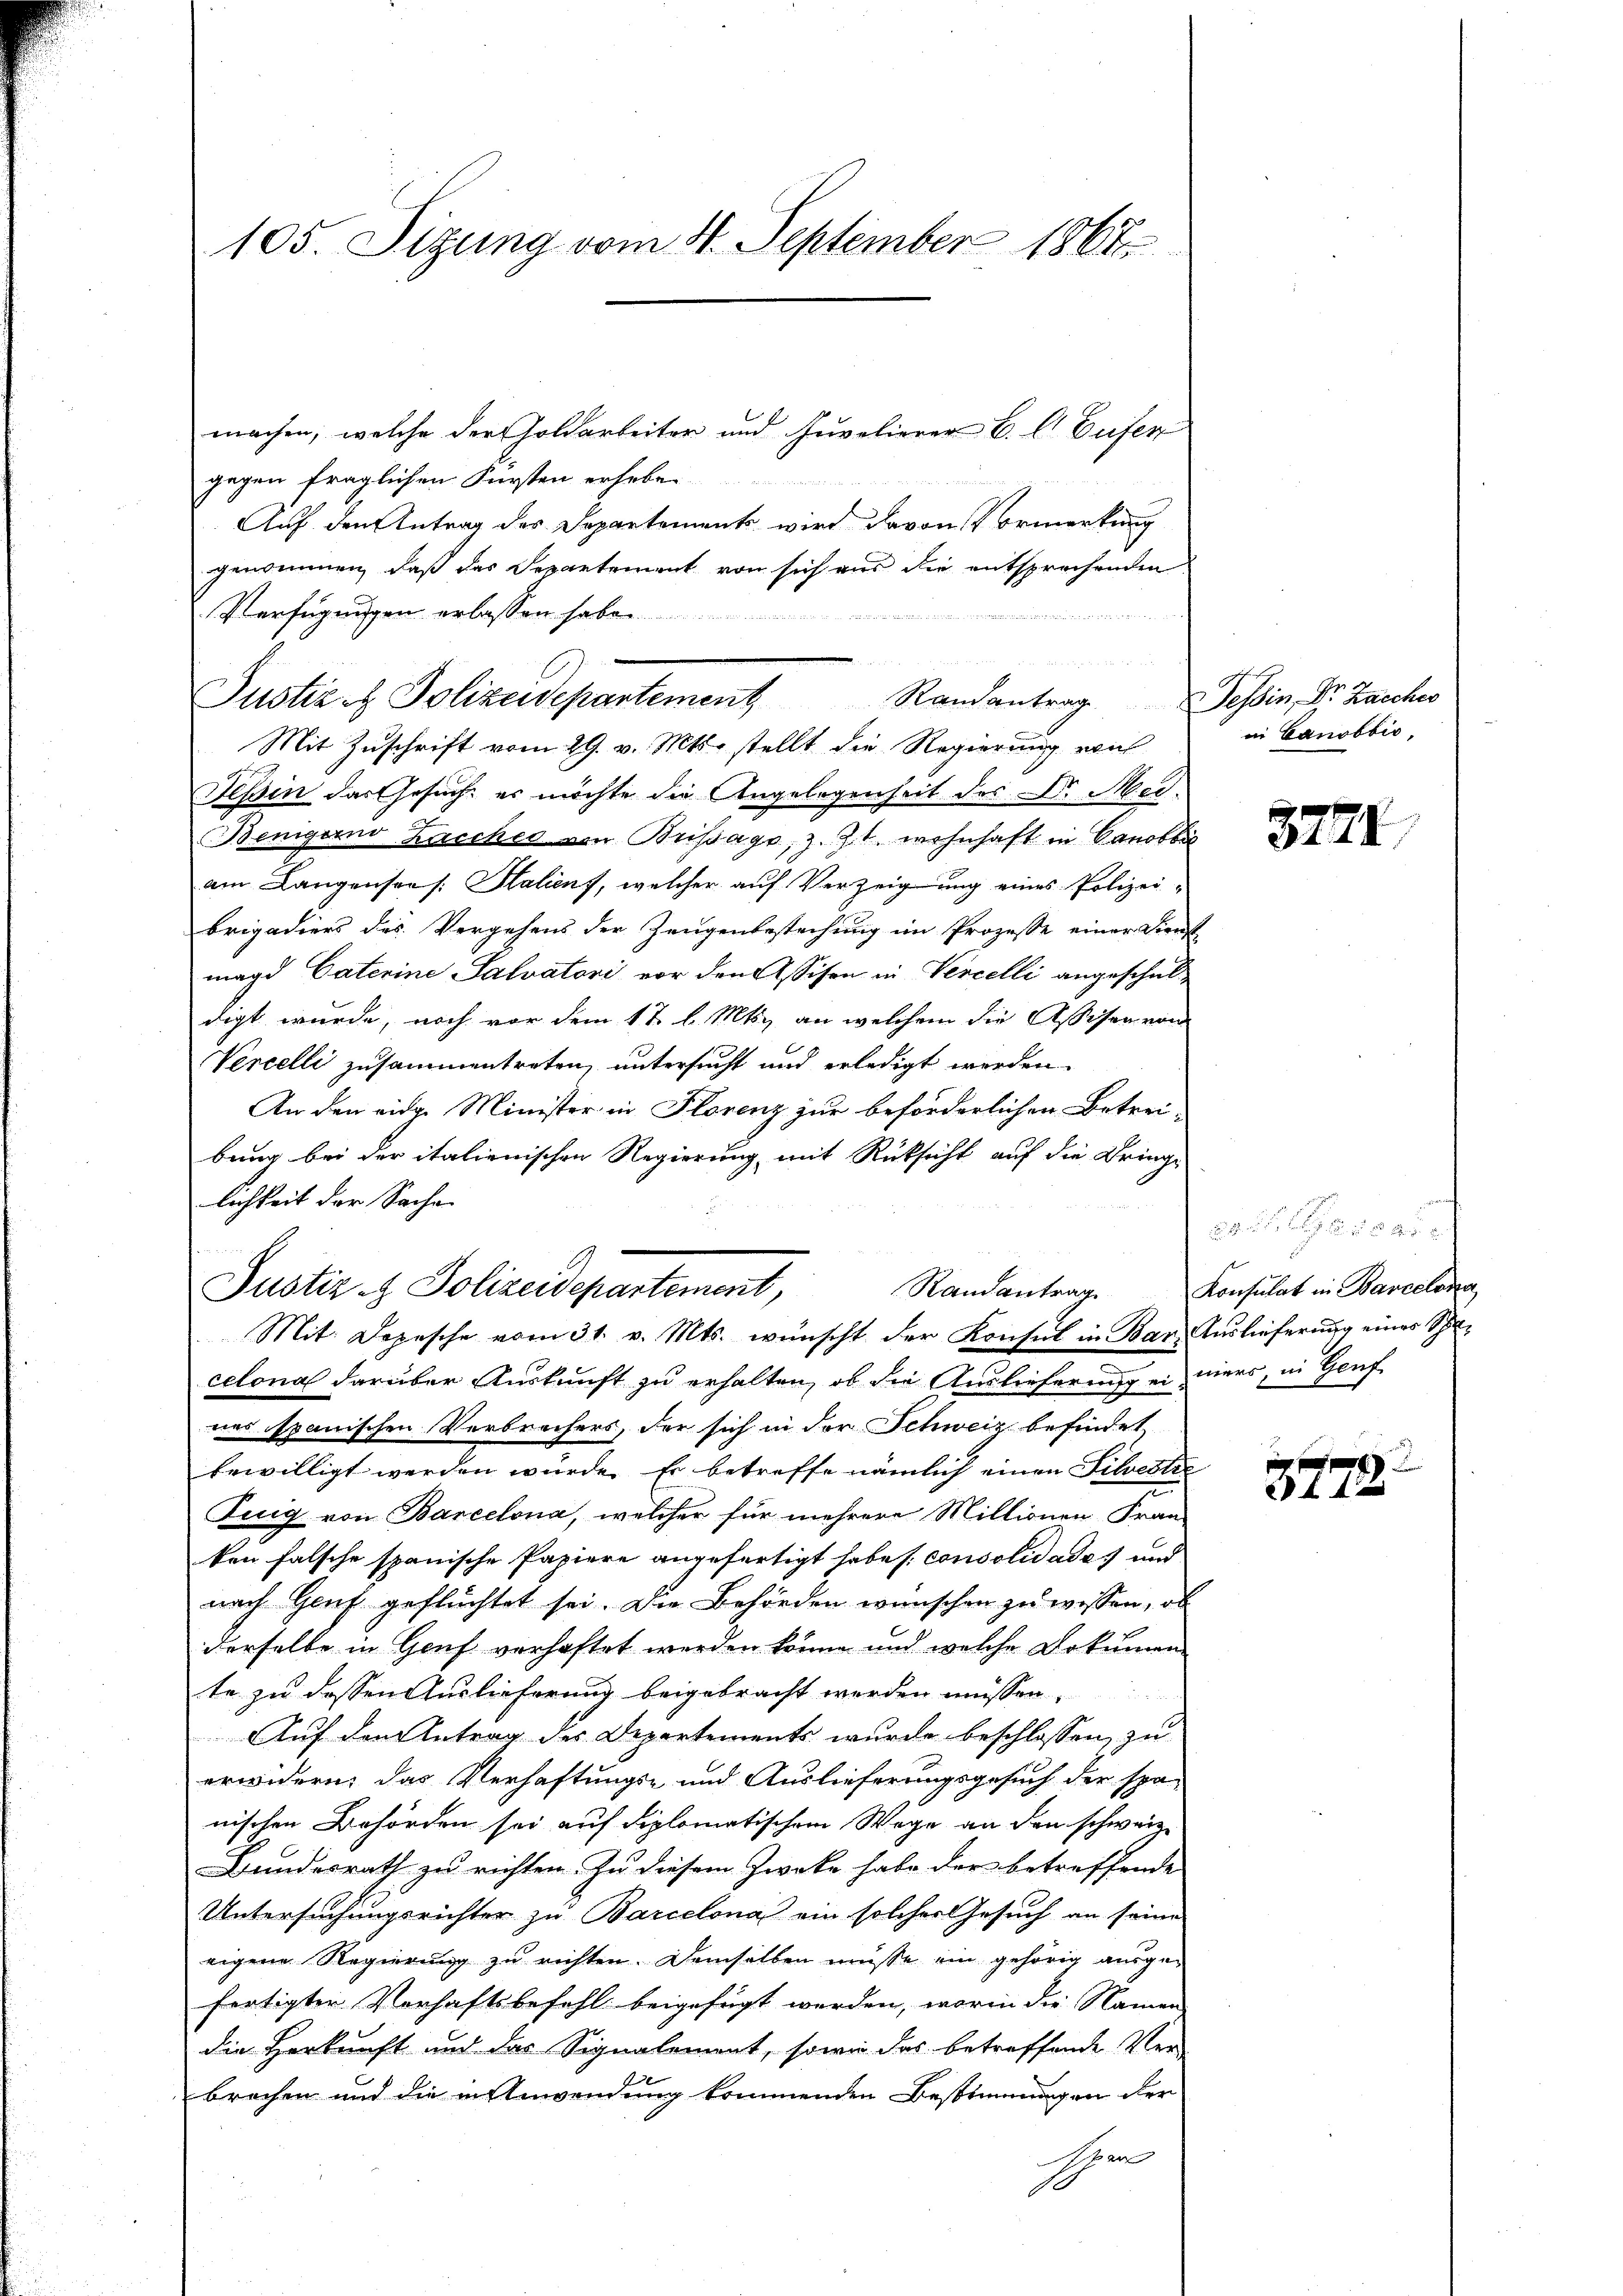
105. Sizung vom 14. September 1867

machen, welche der Goldarbeiter und Juvelierer B. C. Zufer
.
gegen fraglichen Fürsten erheben
Auf den Antrag des Departements wird davon Vormerkung
genommen, daß das Departement von sich aus die entsprechenden
Verfügungen erlassen habe.
n
Mit Zuschrift vom 29. v. Mts. stellt die Regierung voul
Hessen das Gesuche er möchte die Angelegenheit des Dr. Mei¬
Benigernd Lacches von Brissage, z. Zt. wohnhaft in Canobbi
am Langensee /: Halienf, welcher auf Verzeigung eines Polizei¬
Brigadiers des Vergehens der Zeugenbestechung im Prozesse einer Dienst
magd Caterine Salvatori vor den Assison in Verzelli angeschuldigt wurde, noch vor dem 1 t l. Mts. an welchem die Assisen von
Vercelli zusammentreten, untersucht und erledigt werden.
An den eidge Minister in Florenz zur beförderlichen Betrei-
bung bei der italienischen Regierung mit Rücksicht auf die Dringe
lichkeit der Sache
d
Randantrag
Mit. Depesche vom 31. v. Mts. wünscht der Konsul in Bar. Auslieferung eines Spi-
celona darüber Auskunft zu erhalten, ob die Auslieferung einers, in Genf
nes spanischen Verbrechers, der sich in der Schweiz befindet
bewilligt werden würde. Er betreffe nämlich einen Silvestie
Tuig von Barcelona, welcher für mehrere Millionen Fran-
ken falsche spanische Papiere angefertigt habe s. consolidates und
nach Genf geflüchtet sei. Die Behörden wünschen zu wissen, ob
derselbe in Genf verhaftet werden könne und welche Dokumen
te zu dessen Auslieferung beigebracht werden müssen.
Auf den Antrag des Departements wurde beschlossen, zu
erwidern, das Verhaftungs- und Auslieferungsgesuch der spa-
nischen Behörden sei auf diplomatischem Wege an den schweiz.
Bundesrath zu richten. Zu diesem Zwecke habe der betreffende
Untersuchungsrichter zu Barcelona ein solcher Gesuch an seine
eigene Regierung zu richten. Demselben müsse ein gehörig ausgefertigter Verhaftsbefehl beigefügt werden, worin die Namen
die Herkunft und das Signalement, sowie das betreffende Ver-
brochen und die in Anwendung kommenden Bestimmungen der
schen

n
Justiz & Polizeidepartement Randantrag Tessin, Dr. Zacches

Justiz & Polizeidepartement,

in Canobbis,

3774

xx
 f 4 x

e
2.             20 x
Konsulat in Barcelosen